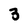
Character: 3